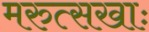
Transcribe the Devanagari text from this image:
मरुत्सखाः